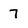
Character: 7